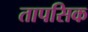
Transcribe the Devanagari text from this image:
तापसिक